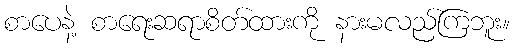
စာပေနဲ့ စာရေးဆရာစိတ်ထားကို နားမလည်ကြဘူး။